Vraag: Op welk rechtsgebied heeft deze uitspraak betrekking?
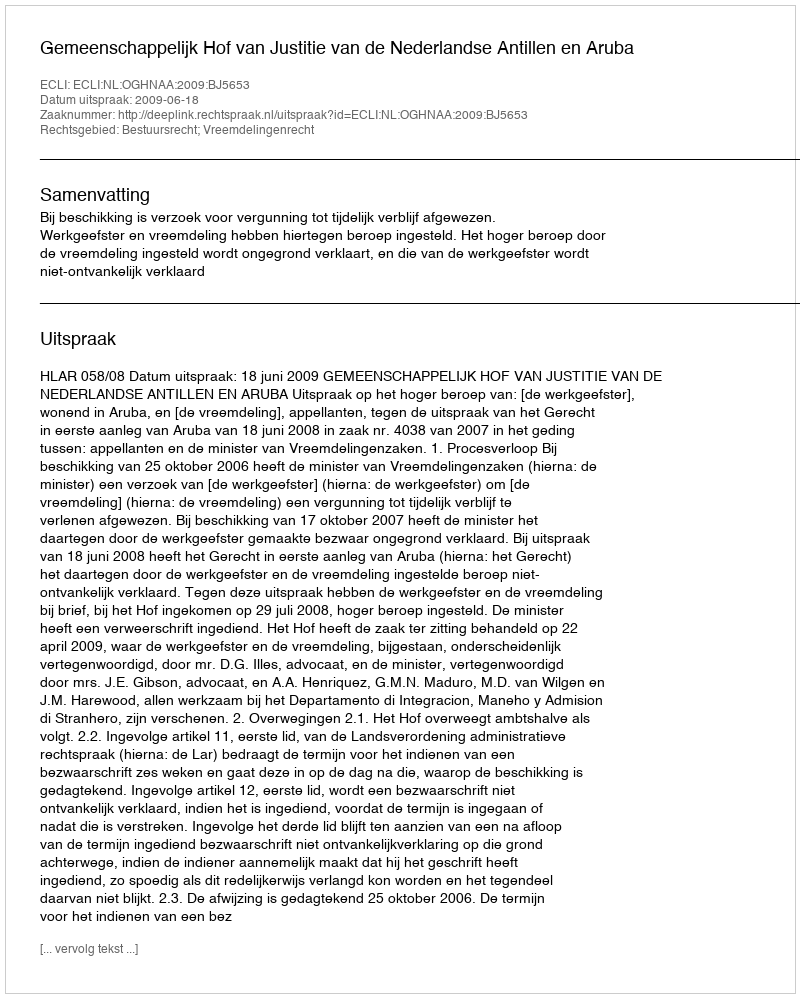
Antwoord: Bestuursrecht; Vreemdelingenrecht